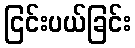
ငြင်းပယ်ခြင်း